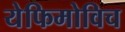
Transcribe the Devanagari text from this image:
येफिमोविच